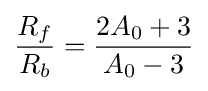
{\frac {R_{f}}{R_{b}}}={\frac {2A_{0}+3}{A_{0}-3}}